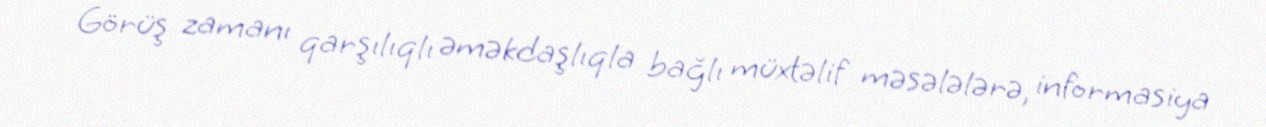
Görüş zamanı qarşılıqlı əməkdaşlıqla bağlı müxtəlif məsələlərə, informasiya